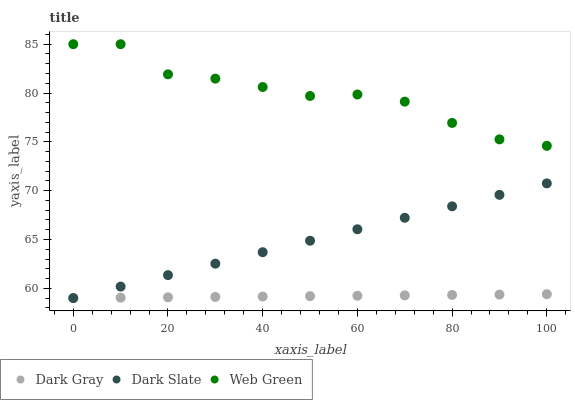
| xaxis_label | Dark Gray | Dark Slate | Web Green |
 | --- | --- | --- | --- |
 | 0 | 59 | 59 | 85 |
 | 10 | 59 | 60.2 | 85 |
 | 20 | 59.1 | 61.3 | 81.9 |
 | 30 | 59.1 | 62.5 | 81.5 |
 | 40 | 59.2 | 63.7 | 80.6 |
 | 50 | 59.2 | 64.9 | 79.7 |
 | 60 | 59.2 | 66 | 79.8 |
 | 70 | 59.3 | 67.2 | 79.1 |
 | 80 | 59.3 | 68.4 | 76.9 |
 | 90 | 59.4 | 69.6 | 75.3 |
 | 100 | 59.4 | 70.7 | 74.6 |